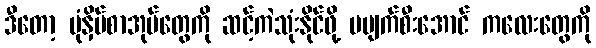
ဒီတော့ ပုံနှိပ်စာအုပ်တွေကို ဆင့်ကဲသုံးနိုင်ဖို့ မပျက်စီးအောင် ကလေးတွေကို